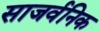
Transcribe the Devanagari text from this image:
साजर्वनिक